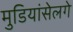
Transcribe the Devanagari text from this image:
मुडियांसेलगे